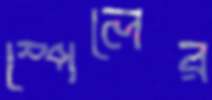
স্পেলের